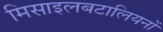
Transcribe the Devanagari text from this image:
मिसाइलबटालियनों